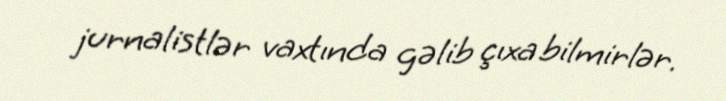
jurnalistlər vaxtında gəlib çıxa bilmirlər.